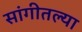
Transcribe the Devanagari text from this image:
सांगीतल्या